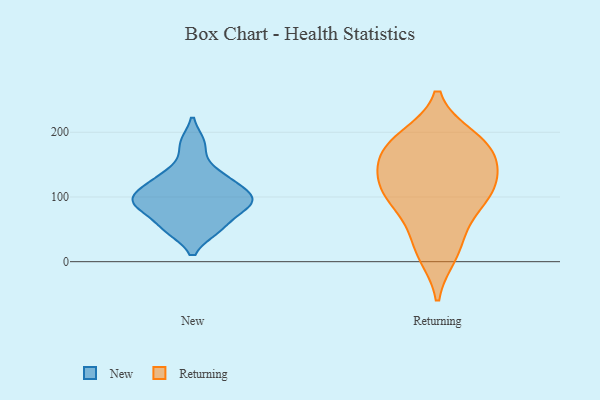
{"axis": {"x": "Churn Rate (%)", "y": "Value"}, "legend": ["New", "Returning"], "data": [{"x": "", "y": 182, "type": "New"}, {"x": "", "y": 51, "type": "New"}, {"x": "", "y": 52, "type": "New"}, {"x": "", "y": 104, "type": "New"}, {"x": "", "y": 91, "type": "New"}, {"x": "", "y": 104, "type": "New"}, {"x": "", "y": 86, "type": "New"}, {"x": "", "y": 86, "type": "New"}, {"x": "", "y": 135, "type": "New"}, {"x": "", "y": 127, "type": "New"}, {"x": "", "y": 84, "type": "Returning"}, {"x": "", "y": 178, "type": "Returning"}, {"x": "", "y": 118, "type": "Returning"}, {"x": "", "y": 177, "type": "Returning"}, {"x": "", "y": 90, "type": "Returning"}, {"x": "", "y": 127, "type": "Returning"}, {"x": "", "y": 168, "type": "Returning"}, {"x": "", "y": 11, "type": "Returning"}, {"x": "", "y": 107, "type": "Returning"}, {"x": "", "y": 191, "type": "Returning"}, {"x": "", "y": 154, "type": "Returning"}, {"x": "", "y": 139, "type": "Returning"}, {"x": "", "y": 17, "type": "Returning"}, {"x": "", "y": 109, "type": "Returning"}, {"x": "", "y": 192, "type": "Returning"}, {"x": "", "y": 48, "type": "Returning"}]}